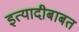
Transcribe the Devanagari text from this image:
इत्यादीबाबत